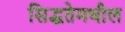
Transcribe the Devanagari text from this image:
सिद्धतेमधील